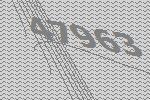
47963